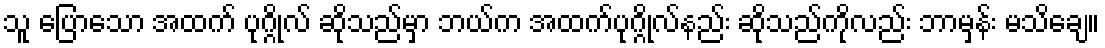
သူ ပြောသော အထက် ပုဂ္ဂိုလ် ဆိုသည်မှာ ဘယ်က အထက်ပုဂ္ဂိုလ်နည်း ဆိုသည်ကိုလည်း ဘာမှန်း မသိချေ။